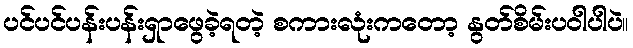
ပင်ပင်ပန်းပန်းရှာဖွေခဲ့ရတဲ့ စကားလုံးကတော့ နွတ်စိမ်းပဝါပါပဲ။